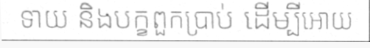
ទាយ និងបក្ខពួកប្រាប់ ដើម្បីអោយ